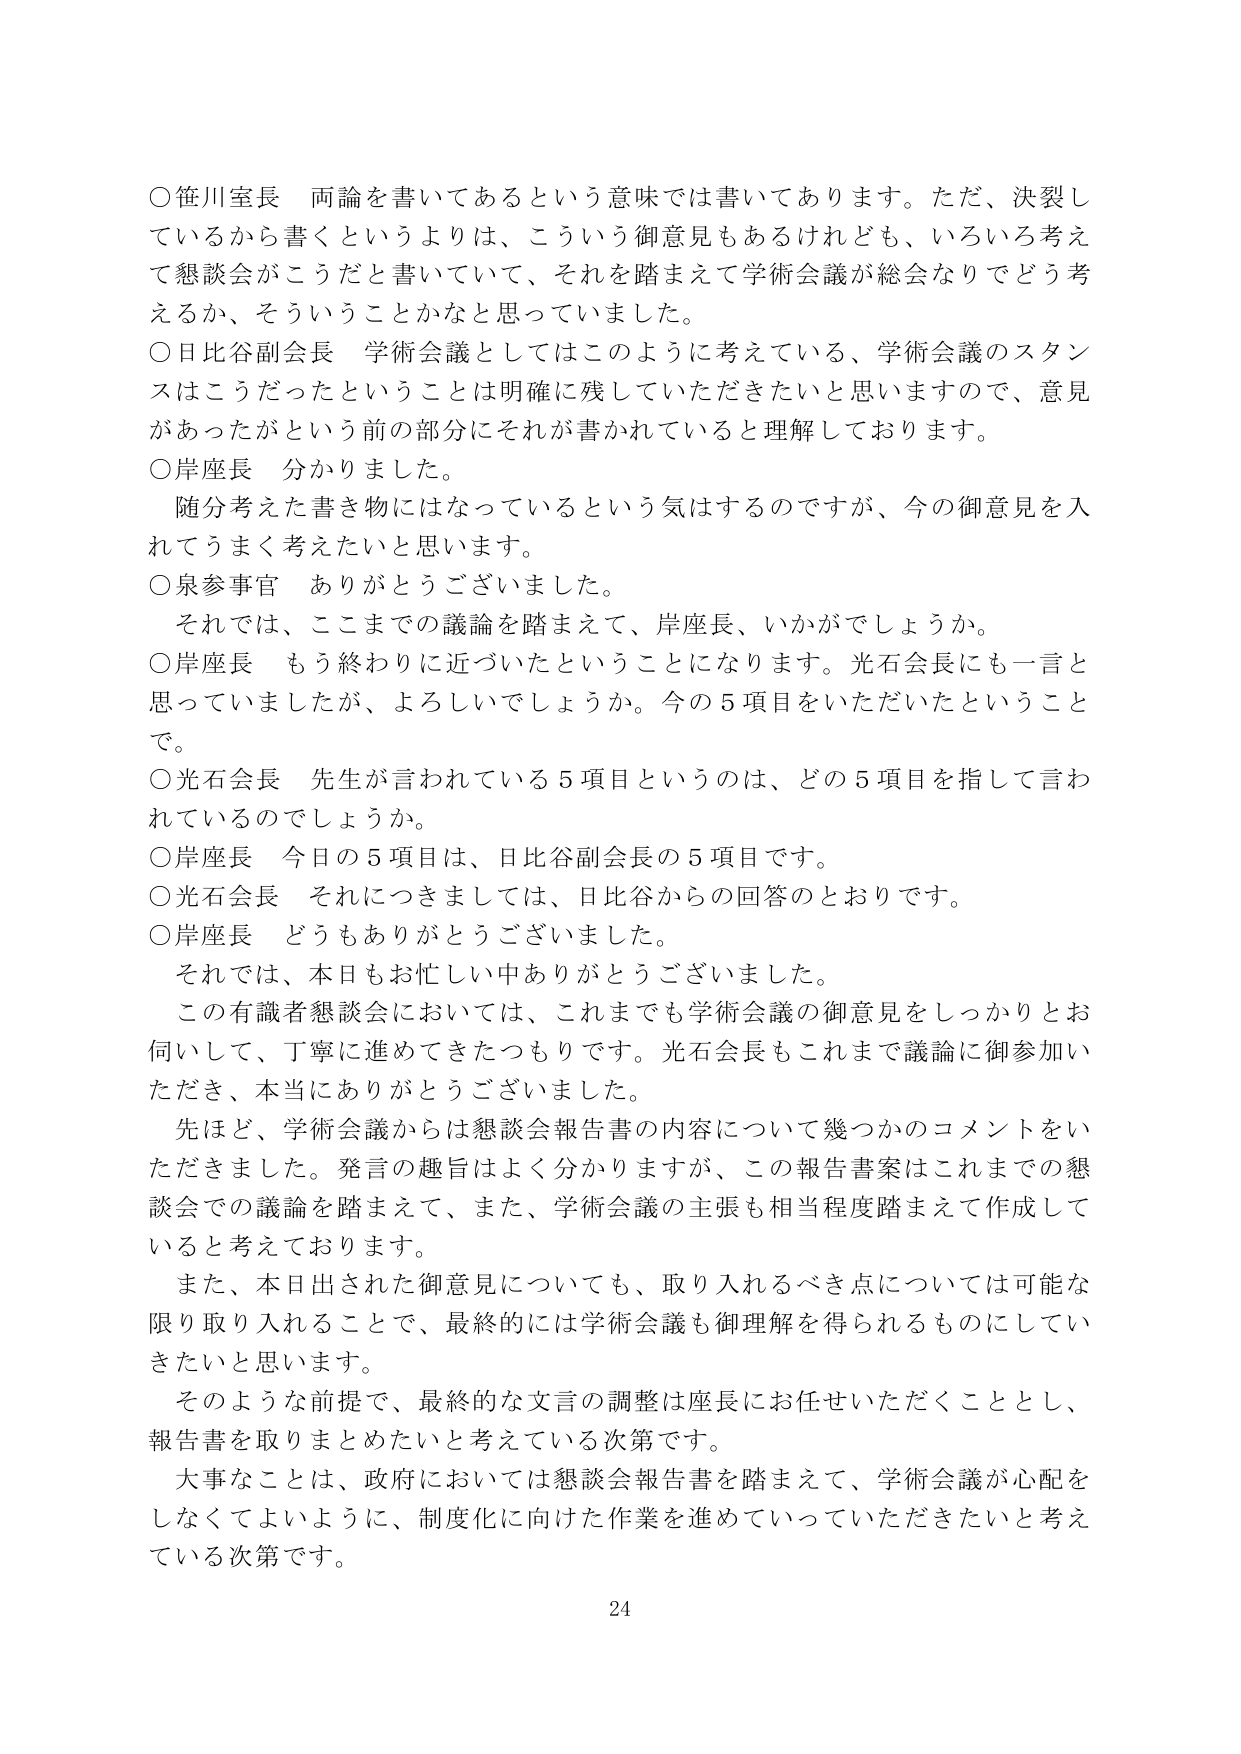
○笹川室長　両論を書いてあるという意味では書いてあります。ただ、決裂しているから書くというよりは、こういう御意見もあるけれども、いろいろ考えて懇談会がこうだと書いていて、それを踏まえて学術会議が総会なりでどう考えるか、そういうことかなと思っていました。

○日比谷副会長　学術会議としてはこのように考えている、学術会議のスタンスはこうだったということは明確に残していただきたいと思いますので、意見があったがという前の部分にそれが書かれていると理解しております。

○岸座長　分かりました。
　　随分考えた書き物にはなっているという気はするのですが、今の御意見を入れてうまく考えたいと思います。

○泉参事官　ありがとうございました。
　　それでは、ここまでの議論を踏まえて、岸座長、いかがでしょうか。

○岸座長　もう終わりに近づいたということになります。光石会長にも一言と思っていましたが、よろしいでしょうか。今の５項目をいただいたということで。

○光石会長　先生が言われている５項目というのは、どの５項目を指して言われているのでしょうか。

○岸座長　今日の５項目は、日比谷副会長の５項目です。

○光石会長　それにつきましては、日比谷からの回答のとおりです。

○岸座長　どうもありがとうございました。
　　それでは、本日もお忙しい中ありがとうございました。

　　この有識者懇談会においては、これまでも学術会議の御意見をしっかりとお伺いして、丁寧に進めてきたつもりです。光石会長もこれまで議論に御参加いただき、本当にありがとうございました。

　　先ほど、学術会議からは懇談会報告書の内容について幾つかのコメントをいただきました。発言の趣旨はよく分かりますが、この報告書案はこれまでの懇談会での議論を踏まえて、また、学術会議の主張も相当程度踏まえて作成していると考えております。

　　また、本日出された御意見についても、取り入れるべき点については可能な限り取り入れることで、最終的には学術会議も御理解を得られるものにしていきたいと思います。

　　そのような前提で、最終的な文言の調整は座長にお任せいただくこととし、報告書を取りまとめたいと考えている次第です。

　　大事なことは、政府においては懇談会報告書を踏まえて、学術会議が心配をしなくてよいように、制度化に向けた作業を進めていっていただきたいと考えている次第です。

24